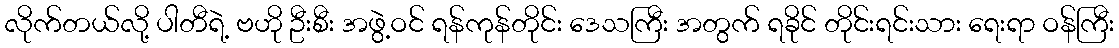
လိုက်တယ်လို့ ပါတီရဲ့ ဗဟို ဦးစီး အဖွဲ့ဝင် ရန်ကုန်တိုင်း ဒေသကြီး အတွက် ရခိုင် တိုင်းရင်းသား ရေးရာ ဝန်ကြီး